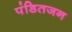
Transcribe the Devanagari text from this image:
पंडितजन